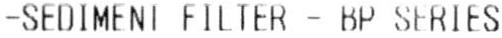
-SEDIMENT FILTER - BP SERIES